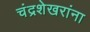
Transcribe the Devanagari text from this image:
चंद्रशेखरांना